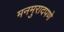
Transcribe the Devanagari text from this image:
मनमुरादपणे